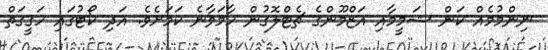
ނިންމުމެއް ކަން ޝަމީމާއި އަޒްމޫންގެ ޗެޓްލޮގުން ހާމަވާނެ ކަަމަށެވެ. އަދި ކޯޓުގައި ހަގީގަތް